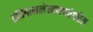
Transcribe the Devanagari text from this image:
इतिहासलेखनपरंपरेत